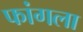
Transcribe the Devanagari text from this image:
फांगला